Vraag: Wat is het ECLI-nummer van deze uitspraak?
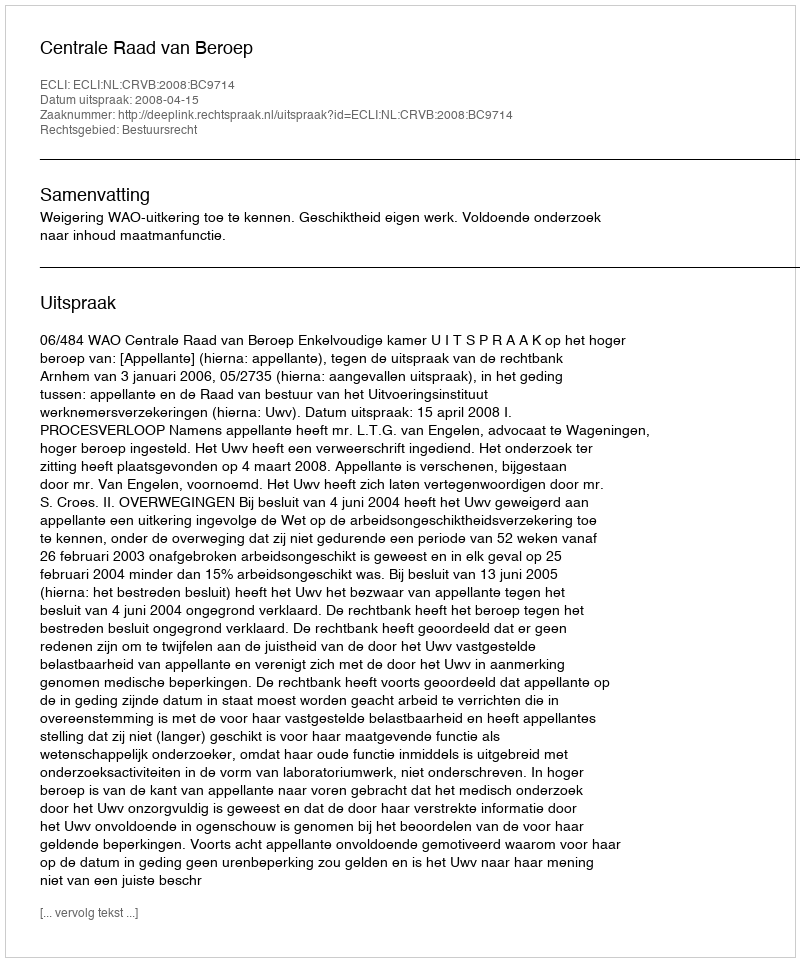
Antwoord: ECLI:NL:CRVB:2008:BC9714